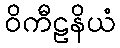
ဝိကီဠနိယံ